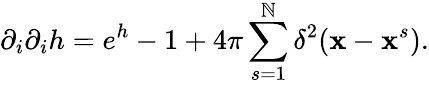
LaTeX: \partial_{i}\partial_{i}h=e^{h}-1+4\pi\sum_{s=1}^{\mathbb{N}}\delta^{2}({\mathbf{{x}}}-{\mathbf{{x}}}^{s}).